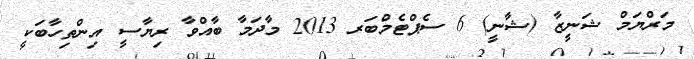
މަރްޔަމް ޝަނީޒާ (ޝާނީ) 6 ސެޕްޓެމްބަރ 2013 މާދަމާ ބާއްވާ ރިޔާސީ އިންތިހާބަކީ